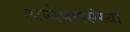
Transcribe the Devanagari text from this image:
अन्वेषणसंस्था